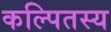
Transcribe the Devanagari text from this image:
कल्पितस्य